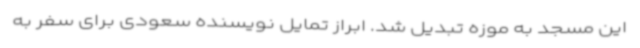
این مسجد به موزه تبدیل شد. ابراز تمایل نویسنده سعودی برای سفر به